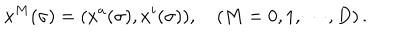
LaTeX: x ^ { M } ( \sigma ) = ( x ^ { a } ( \sigma ) , x ^ { i } ( \sigma ) ) , \quad ( M = 0 , 1 , \cdots , D ) \, .